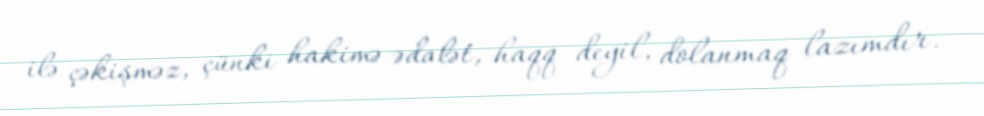
ilə çəkişməz, çünki hakimə ədalət, haqq deyil, dolanmaq lazımdır.